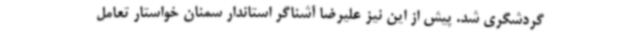
گردشگری شد. پیش از این نیز علیرضا آشناگر استاندار سمنان خواستار تعامل